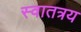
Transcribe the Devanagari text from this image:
स्वातत्रय